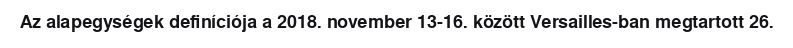
Az alapegységek definíciója a 2018. november 13-16. között Versailles-ban megtartott 26.